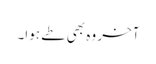
آخر وہ بھی طے ہوا۔